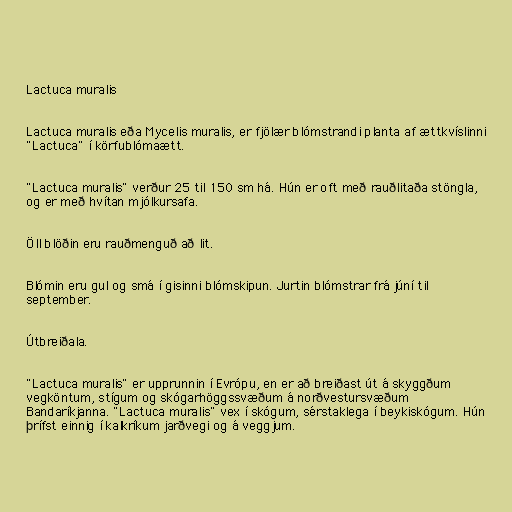
Lactuca muralis

Lactuca muralis eða Mycelis muralis, er fjölær blómstrandi planta af ættkvíslinni
"Lactuca" í körfublómaætt.

"Lactuca muralis" verður 25 til 150 sm há. Hún er oft með rauðlitaða stöngla,
og er með hvítan mjólkursafa.

Öll blöðin eru rauðmenguð að lit.

Blómin eru gul og smá í gisinni blómskipun. Jurtin blómstrar frá júní til
september.

Útbreiðala.

"Lactuca muralis" er upprunnin í Evrópu, en er að breiðast út á skyggðum
vegköntum, stígum og skógarhöggssvæðum á norðvestursvæðum
Bandaríkjanna. "Lactuca muralis" vex í skógum, sérstaklega í beykiskógum. Hún
þrífst einnig í kalkríkum jarðvegi og á veggjum.